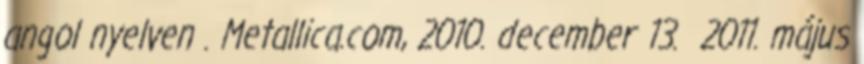
angol nyelven . Metallica.com, 2010. december 13. 2011. május